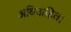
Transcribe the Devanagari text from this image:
अविवाहित।